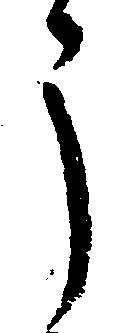
う